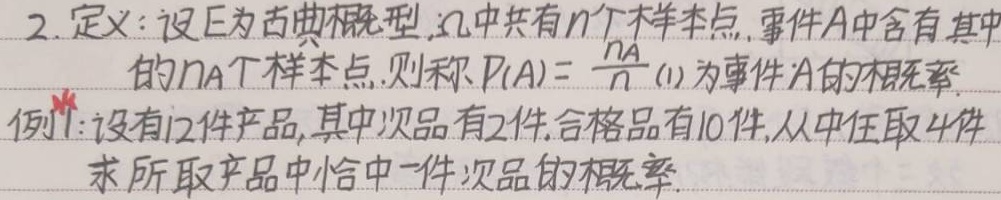
2. 定义：设 \(E\) 为古典概型，\(\Omega\) 中共有 \(n\) 个样本点，事件 \(A\) 中含有其中的 \(n_A\) 个样本点，则称 \(P(A)=\frac{n_A}{n}\tag{1}\) 为事件 \(A\) 的概率。

例 1：设有 12 件产品，其中次品有 2 件，合格品有 10 件，从中任取 4 件，求所取产品中恰有一件次品的概率。